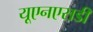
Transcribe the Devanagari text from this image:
यूएनएसडी